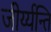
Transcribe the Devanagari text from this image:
जीर्य्यन्ति